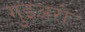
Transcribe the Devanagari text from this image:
गुइअरो